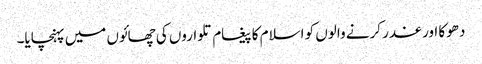
دھوکا اور غدر کرنے والوں کو اسلام کا پیغام تلواروں کی چھائوں میں پہنچایا۔